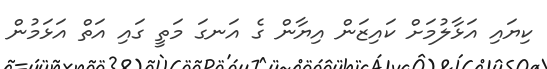
ކިޔައި އަޅާލުމަށް ކައިޒަން އިޔާން ގެ އަނގަ މަތީ ގައި އަތް އަޅަމުން